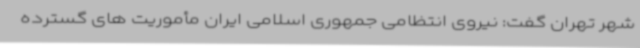
شهر تهران گفت: نیروی انتظامی جمهوری اسلامی ایران مأموریت های گسترده